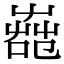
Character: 𦱢